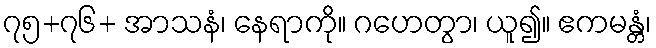
၇၅+၇၆+ အာသနံ၊ နေရာကို။ ဂဟေတွာ၊ ယူ၍။ ဧကမန္တံ၊